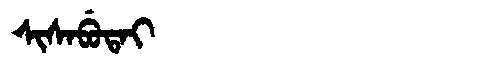
Manchu: ᠰᡳᠰᠠᠪᡠᡨᠠᡳ
Romanization: SISABUTAI